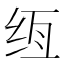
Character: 𰬌